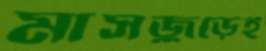
মাসজুড়েই